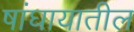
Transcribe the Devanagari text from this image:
षांघायातील